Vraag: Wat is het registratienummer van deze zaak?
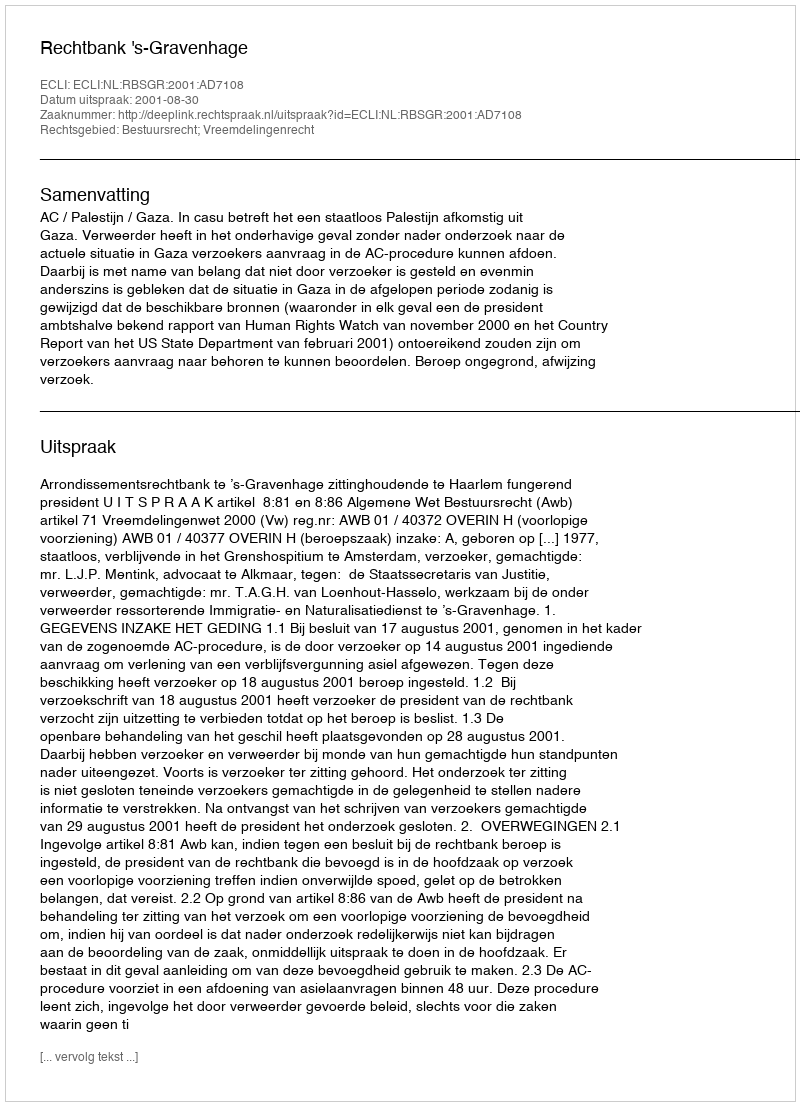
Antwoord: http://deeplink.rechtspraak.nl/uitspraak?id=ECLI:NL:RBSGR:2001:AD7108